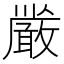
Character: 𭤏